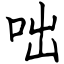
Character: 咄